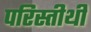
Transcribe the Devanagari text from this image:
परिस्तीथी